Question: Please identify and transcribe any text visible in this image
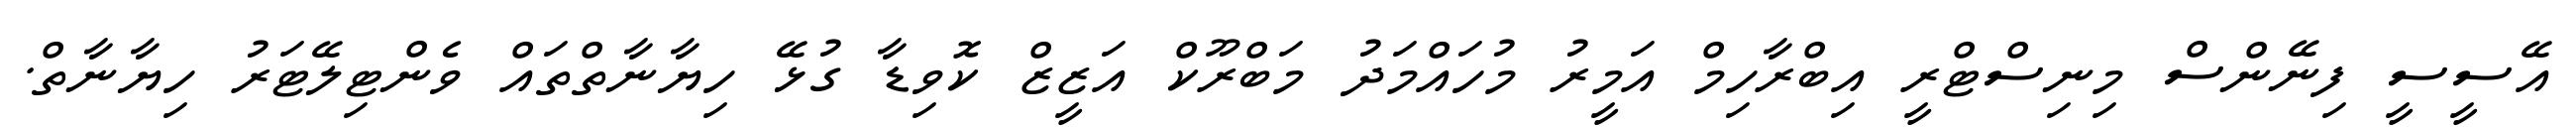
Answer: އޭސީސީ ފިނޭންސް މިނިސްޓްރީ އިބްރާހިމް އަމީރު މުހައްމަދު މަބްރޫކް އަޒީޒް ކޮވިޑާ ގުޅޭ ހިޔާނާތްތައް ވެންޓިލޭޓަރު ހިޔާނާތް.